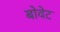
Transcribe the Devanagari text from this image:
बोवेट